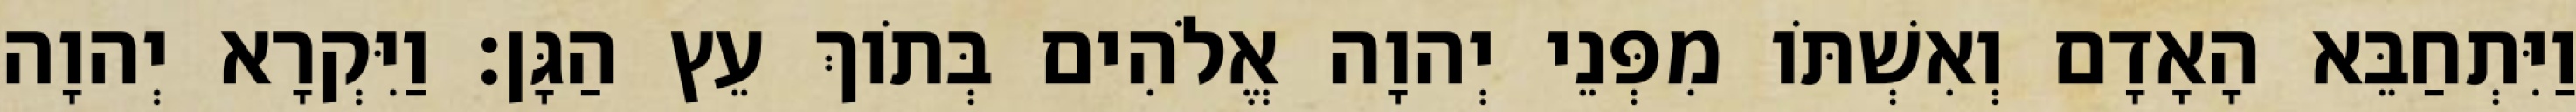
וַיִּתְחַבֵּא הָאָדָם וְאִשְׁתֹּו מִפְּנֵי יְהוָה אֱלֹהִים בְּתֹוךְ עֵץ הַגָּן׃ וַיִּקְרָא יְהוָה